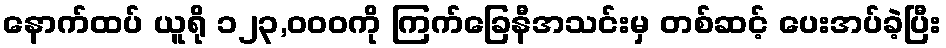
နောက်ထပ် ယူရို ၁၂၃,၀၀၀ကို ကြက်ခြေနီအသင်းမှ တစ်ဆင့် ပေးအပ်ခဲ့ပြီး